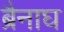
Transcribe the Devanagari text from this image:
ब्रैनाघ